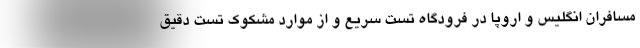
مسافران انگلیس و اروپا در فرودگاه تست سریع و از موارد مشکوک تست دقیق